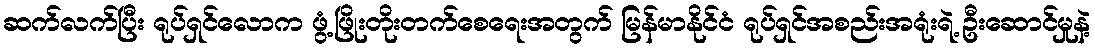
ဆက်လက်ပြီး ရုပ်ရှင်လောက ဖွံ့ဖြိုးတိုးတက်စေရေးအတွက် မြန်မာနိုင်ငံ ရုပ်ရှင်အစည်းအရုံးရဲ့ ဦးဆောင်မှုနဲ့